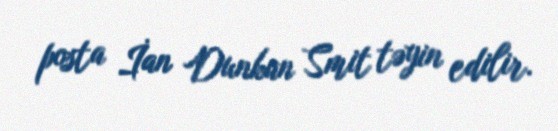
posta İan Dunkan Smit təyin edilir.